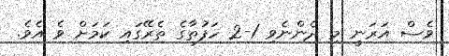
ވެސް އަރަނީ މި ދެންނެވި 1-2 ހަފުތާގެ ތެރޭގައި ކަމަށް ވެ އެވެ.